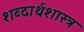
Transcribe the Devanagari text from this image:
शब्दार्थशास्त्र